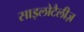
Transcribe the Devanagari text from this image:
साइलोटैलीज़